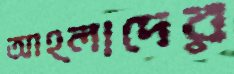
আহ্লাদের